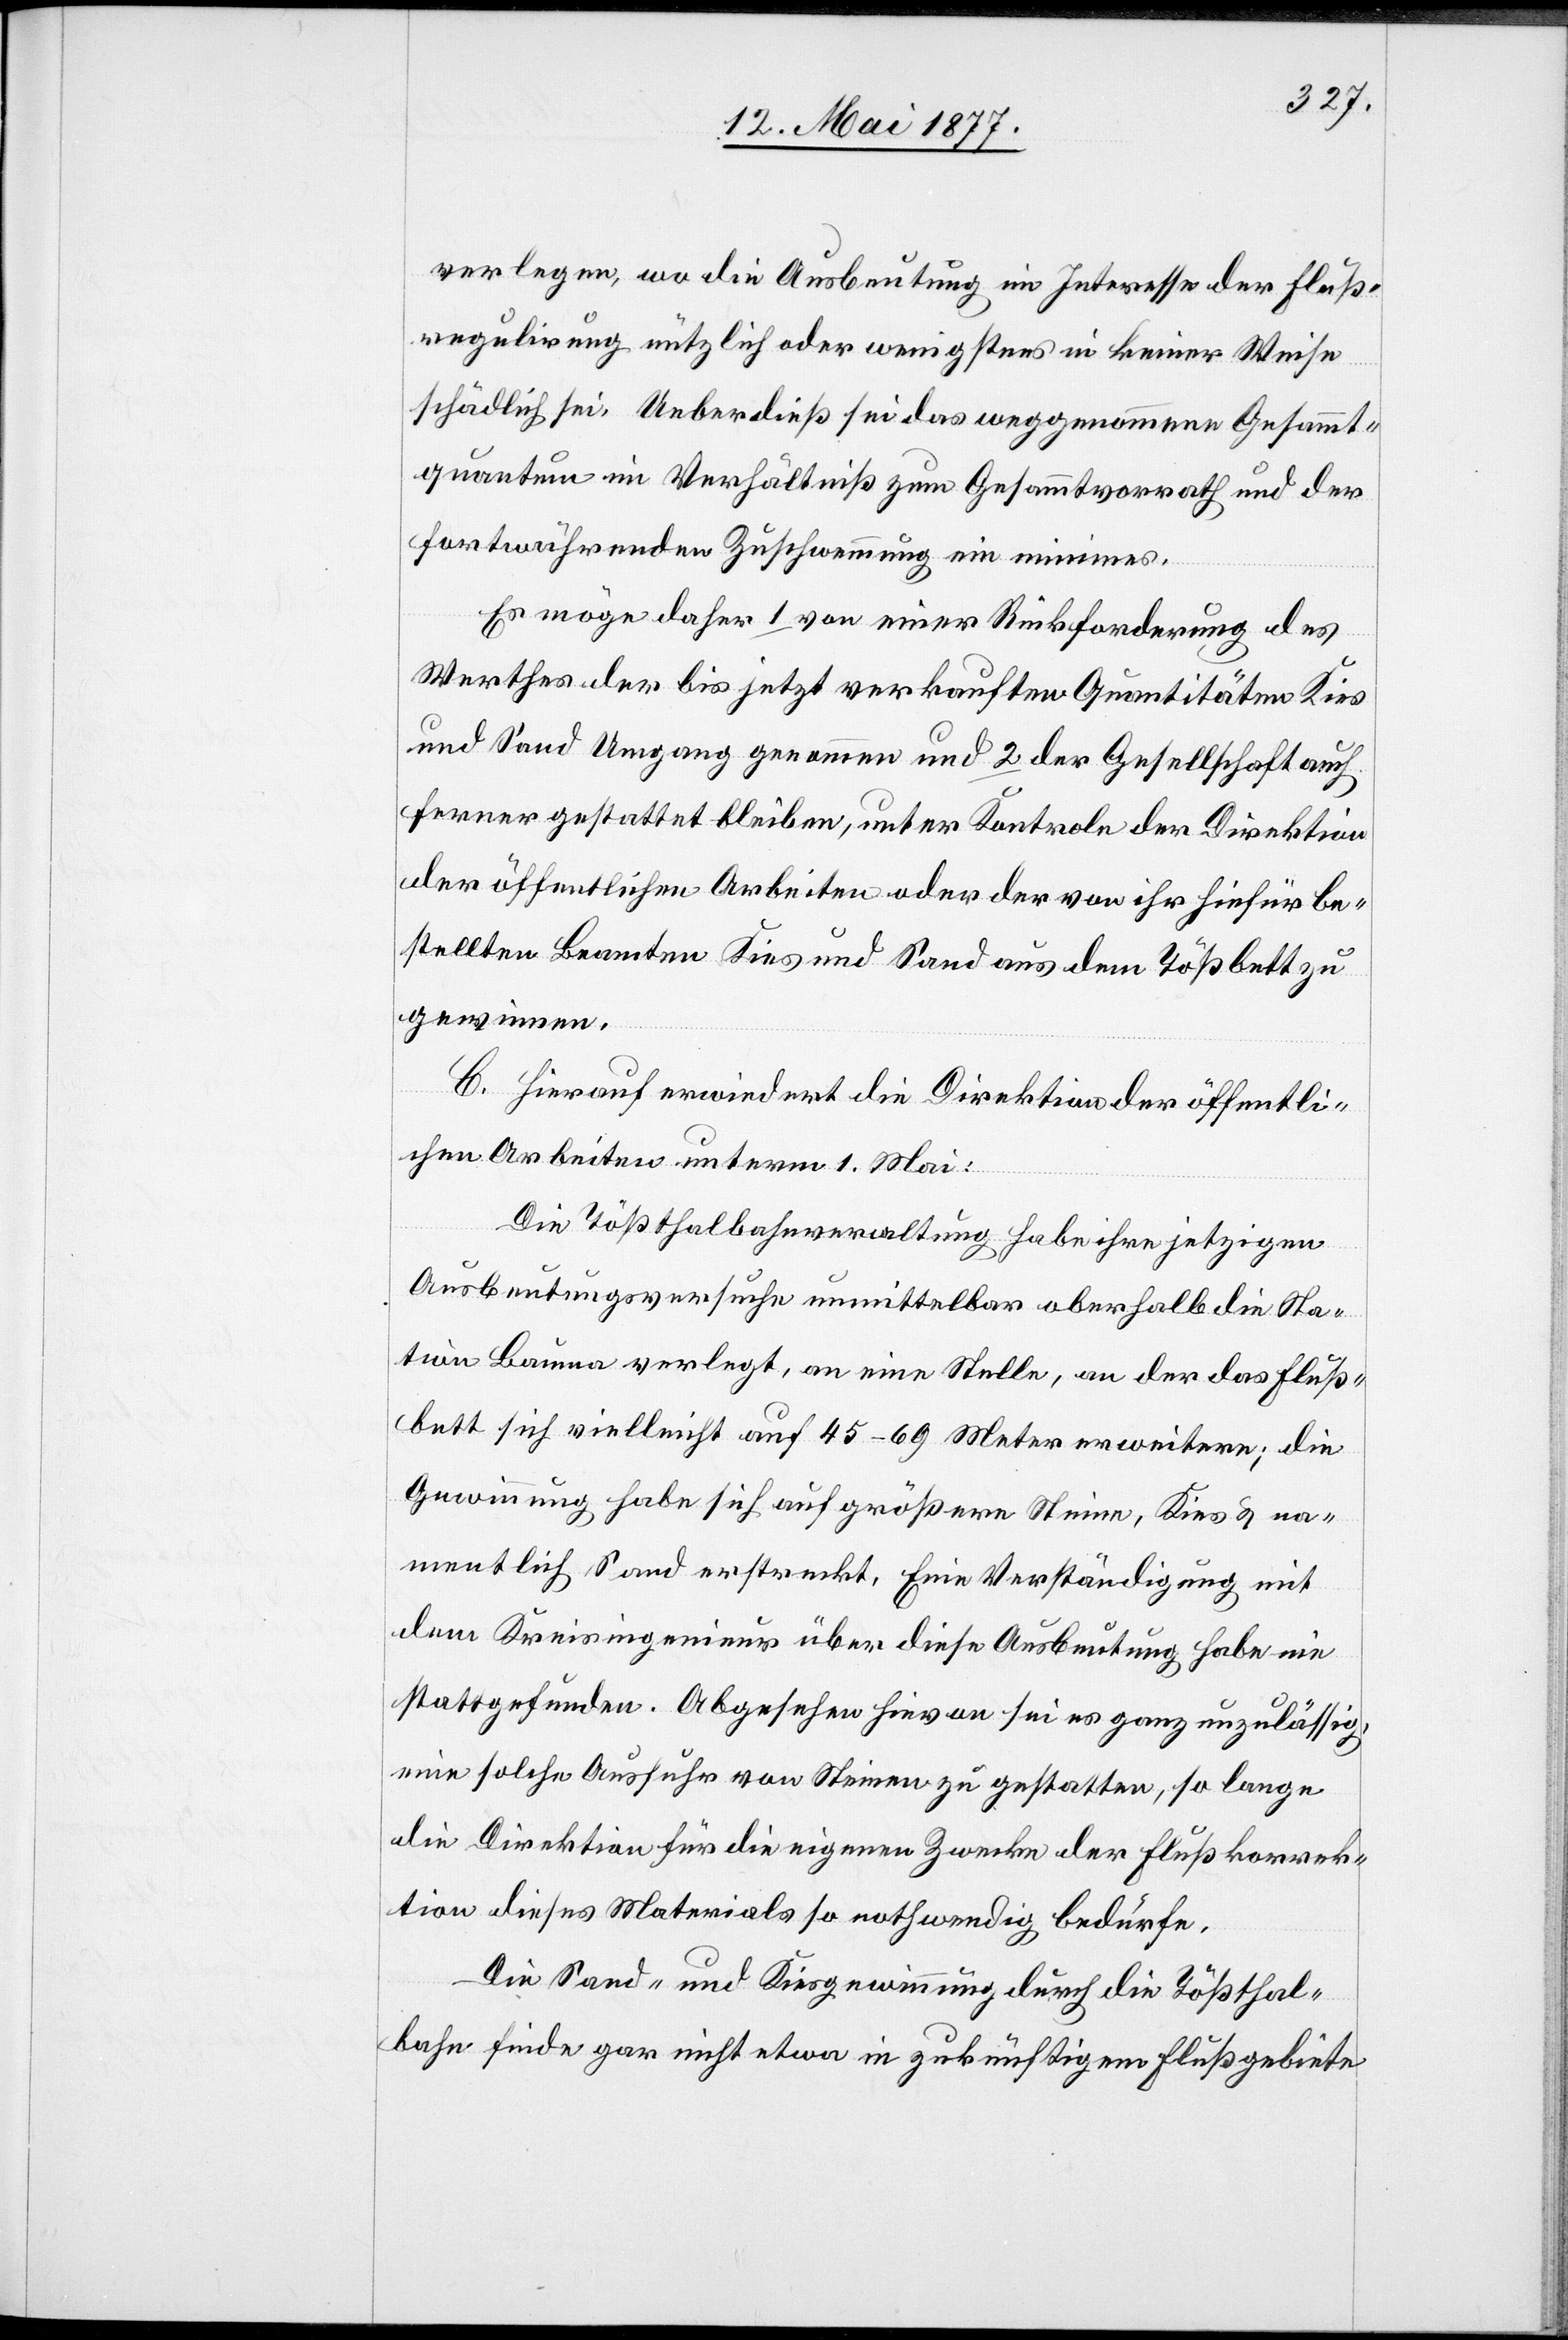
verlegen, wo die Ausbeutung im Interesse der Fluß¬
regulirung nützlich oder wenigstens in keiner Weise
schädlich sei. Ueberdieß sei das weggenommene Gesammt¬
quantum im Verhältniß zum Gesammtvorrath und der
fortwährenden Zuschwemmung ein minimes.
Es möge daher 1 von einer Rückforderung des
Werthes der bis jetzt verkauften Quantitäten Kies
und Sand Umgang genommen und 2 der Gesellschaft auch
ferner gestattet bleiben, unter Kontrole der Direktion
der öffentlichen Arbeiten oder der von ihr hiefür be¬
stellten Beamten Kies und Sand aus dem Tößbett zu
gewinnen.
C. Hierauf erwiedert die Direktion der öffentli¬
chen Arbeiten unterm 1. Mai:
Die Tößthalbahnverwaltung habe ihre jetzigen
Ausbeutungsversuche unmittelbar oberhalb die Sta¬
tion Bauma verlegt, an eine Stelle an der das Fluß¬
bett sich vielleicht auf 45–69 Meter erweitere; die
Gewinnung habe sich auf größere Steine, Kies & na¬
mentlich Sand erstreckt. Eine Verständigung mit
dem Kreisingenieur über diese Ausbeutung habe nie
stattgefunden. Abgesehen hievon sei es ganz unzulässig,
eine solche Ausfuhr von Steinen zu gestatten, so lange
die Direktion für die eigenen Zwecke der Flußkorrek¬
tion dieses Materials so nothwendig bedürfe.
Die Sand- und Kiesgewinnung durch die Tößthal¬
bahn finde gar nicht etwa in zukünftigem Flußgebiete